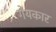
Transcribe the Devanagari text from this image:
गेयकार